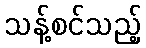
သန့်စင်သည့်